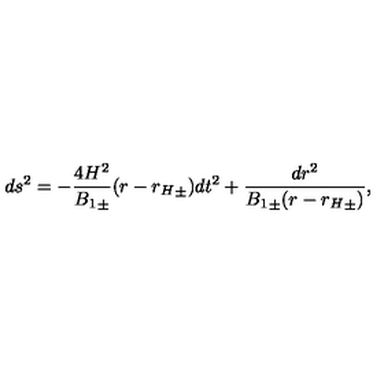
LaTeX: d s ^ { 2 } = - \frac { 4 H ^ { 2 } } { { B _ { 1 } } _ { \pm } } ( r - { r _ { H } } _ { \pm } ) d t ^ { 2 } + \frac { d r ^ { 2 } } { { B _ { 1 } } _ { \pm } ( r - { r _ { H } } _ { \pm } ) } ,